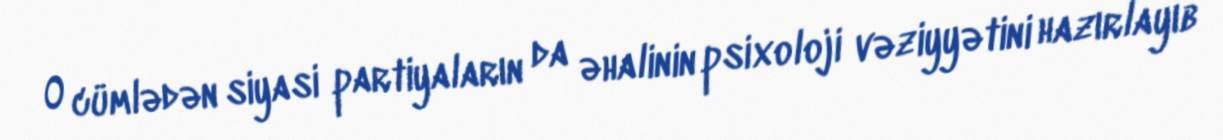
O cümlədən siyasi partiyaların da əhalinin psixoloji vəziyyətini hazırlayıb